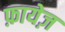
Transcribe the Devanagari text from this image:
फ़ायेज़